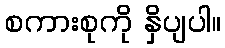
စကားစုကို နှိပျပါ။